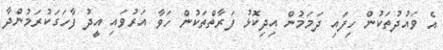
އެ ވައުދުތަކުން ހިފައި ދަމަމުން އިދިކޮޅު ފަރާތްތަކުން ހަވާ އަރުވައި އީދު ފާހަގަކުރަމުންދާ